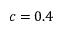
c = 0 . 4